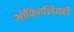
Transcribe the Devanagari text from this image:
ऑक्ज़िलियरी